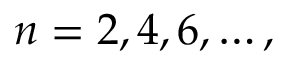
n = 2 , 4 , 6 , \dots ,